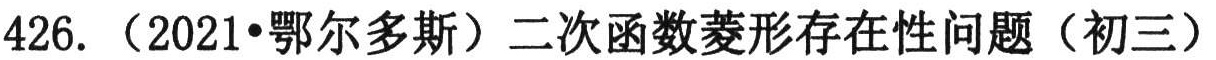
426. （2021•鄂尔多斯）二次函数菱形存在性问题（初三）